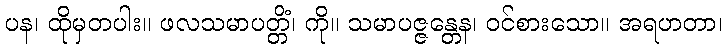
ပန၊ ထိုမှတပါး။ ဖလသမာပတ္တိံ၊ ကို။ သမာပဇ္ဇန္တေန၊ ဝင်စားသော။ အရဟတာ၊